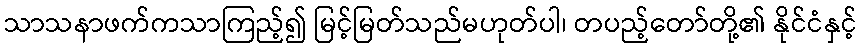
သာသနာဖက်ကသာကြည့်၍ မြင့်မြတ်သည်မဟုတ်ပါ၊ တပည့်တော်တို့၏ နိုင်ငံနှင့်